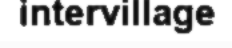
intervillage